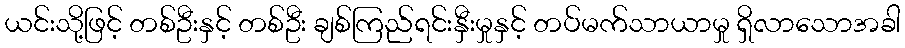
ယင်းသို့ဖြင့် တစ်ဦးနှင့် တစ်ဦး ချစ်ကြည်ရင်းနှီးမှုနှင့် တပ်မက်သာယာမှု ရှိလာသောအခါ